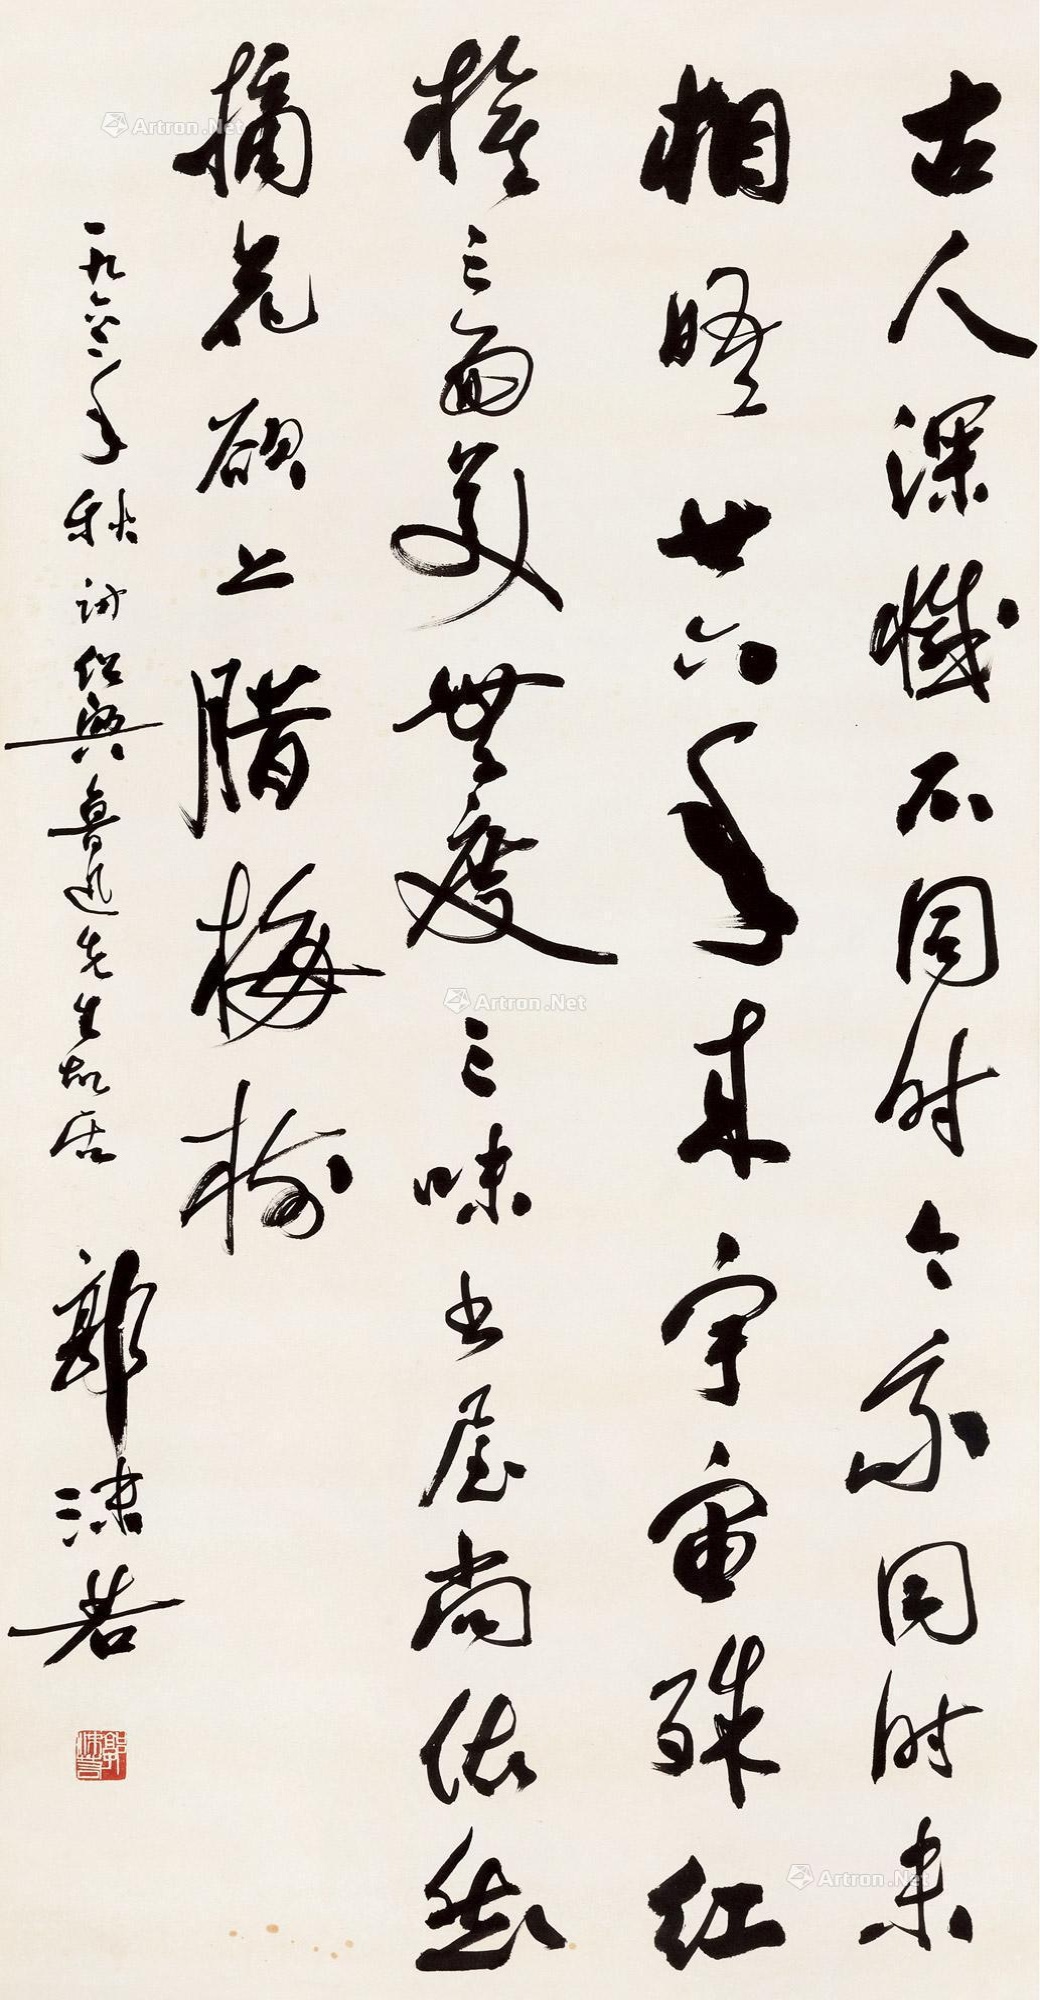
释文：古人深憾不同时，今我同时未相唔。廿六年来宇宙殊，红旗三面美无度。三味书屋尚依然，摘花欲上腊梅树。一九六二年秋，访绍兴鲁迅先生故居。郭沫若。